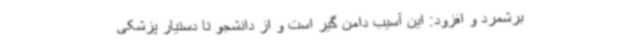
برشمرد و افزود: این آسیب دامن گیر است و از دانشجو تا دستیار پزشکی